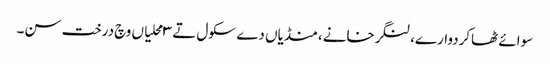
سوائے ٹھاکردوارے، لنگرخانے، منڈیاں دے سکول تے ٣ محلیاں وچ درخت سن۔